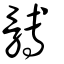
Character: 髆